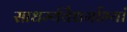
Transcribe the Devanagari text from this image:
साधर्म्यवैधर्माभ्यां